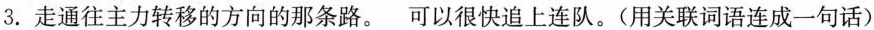
3.走通往主力转移的方向的那条路。可以很快追上连队。(用关联词语连成一句话)